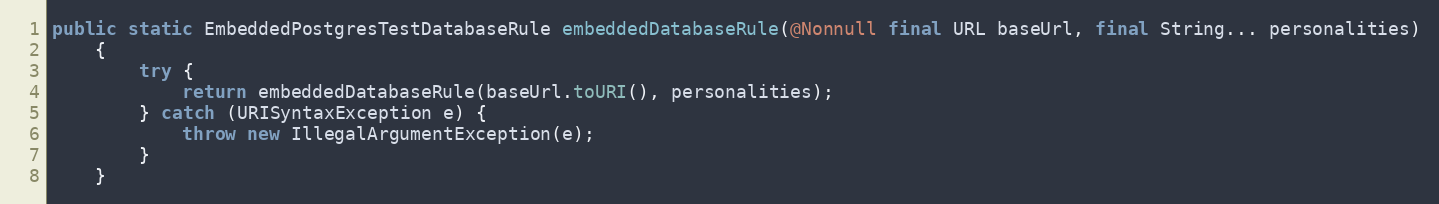
Language: Java
public static EmbeddedPostgresTestDatabaseRule embeddedDatabaseRule(@Nonnull final URL baseUrl, final String... personalities)
    {
        try {
            return embeddedDatabaseRule(baseUrl.toURI(), personalities);
        } catch (URISyntaxException e) {
            throw new IllegalArgumentException(e);
        }
    }